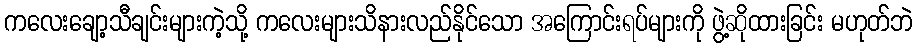
ကလေးချော့သီချင်းများကဲ့သို့ ကလေးများသိနားလည်နိုင်သော အကြောင်းရပ်များကို ဖွဲ့ဆိုထားခြင်း မဟုတ်ဘဲ